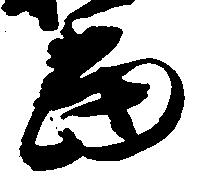
当